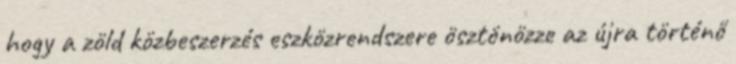
hogy a zöld közbeszerzés eszközrendszere ösztönözze az újra történő